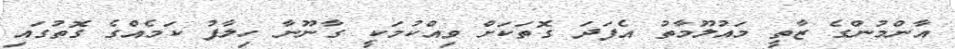
އާންމުންގެ ޒާތީ މައުލޫމާތު އެފަދަ ގޮތަކަށް ވިއްކުމަކީ ގާނޫނާ ހިލާފު ކަމެއްގެ ގޮތުގައި